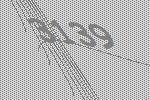
3139